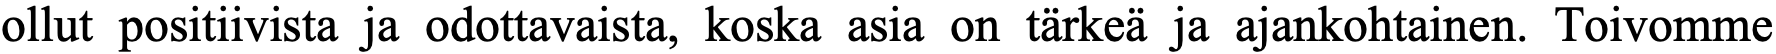
ollut positiivista ja odottavaista, koska asia on tärkeä ja ajankohtainen. Toivomme